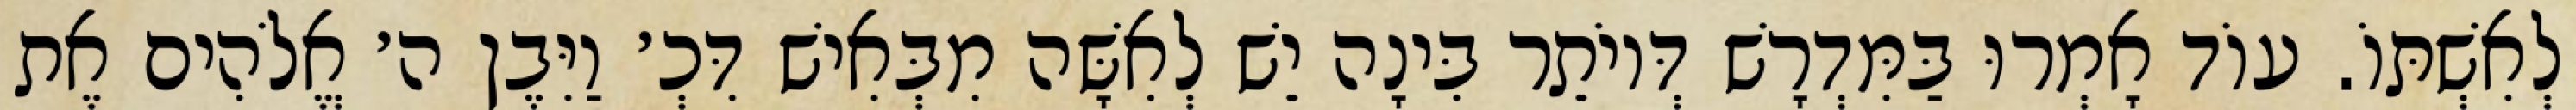
לְאִשְׁתּוֹ. עוֹד אָמְרוּ בַּמִּדְרָשׁ דְּיוֹתֵר בִּינָה יֵשׁ לְאִשָּׁה מִבְּאִישׁ דִּכְ׳ וַיִּבֶן ה׳ אֱלֹהִים אֶת